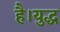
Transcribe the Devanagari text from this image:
है।युद्ध